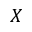
X